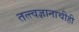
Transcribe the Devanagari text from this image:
तत्त्वज्ञानाचीही